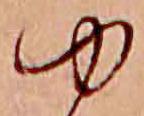
ゆ